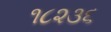
૧૮૨૩૬